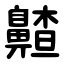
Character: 齄